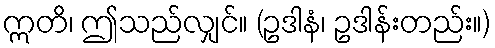
ဣတိ၊ ဤသည်လျှင်။ (ဥဒါနံ၊ ဥဒါန်းတည်း။)